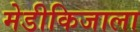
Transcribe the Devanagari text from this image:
मेडीकिजाला